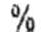
%